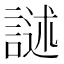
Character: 𮘣